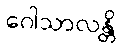
ဂေါသာလန္တိ